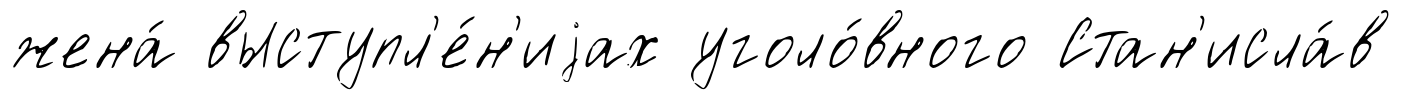
жена́ выступл'е́н'иjах уголо́вного Стан'исла́в